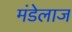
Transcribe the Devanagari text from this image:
मंडेलाज